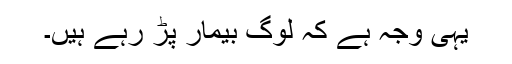
یہی وجہ ہے کہ لوگ بیمار پڑ رہے ہیں۔